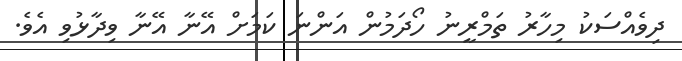
ދިވެއްސަކު މިހާރު ތަމްރީނު ހޯދަމުން އަންނަ ކަމަށް އޭނާ އޭނާ ވިދާޅުވި އެވެ.